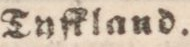
Tyfkland.